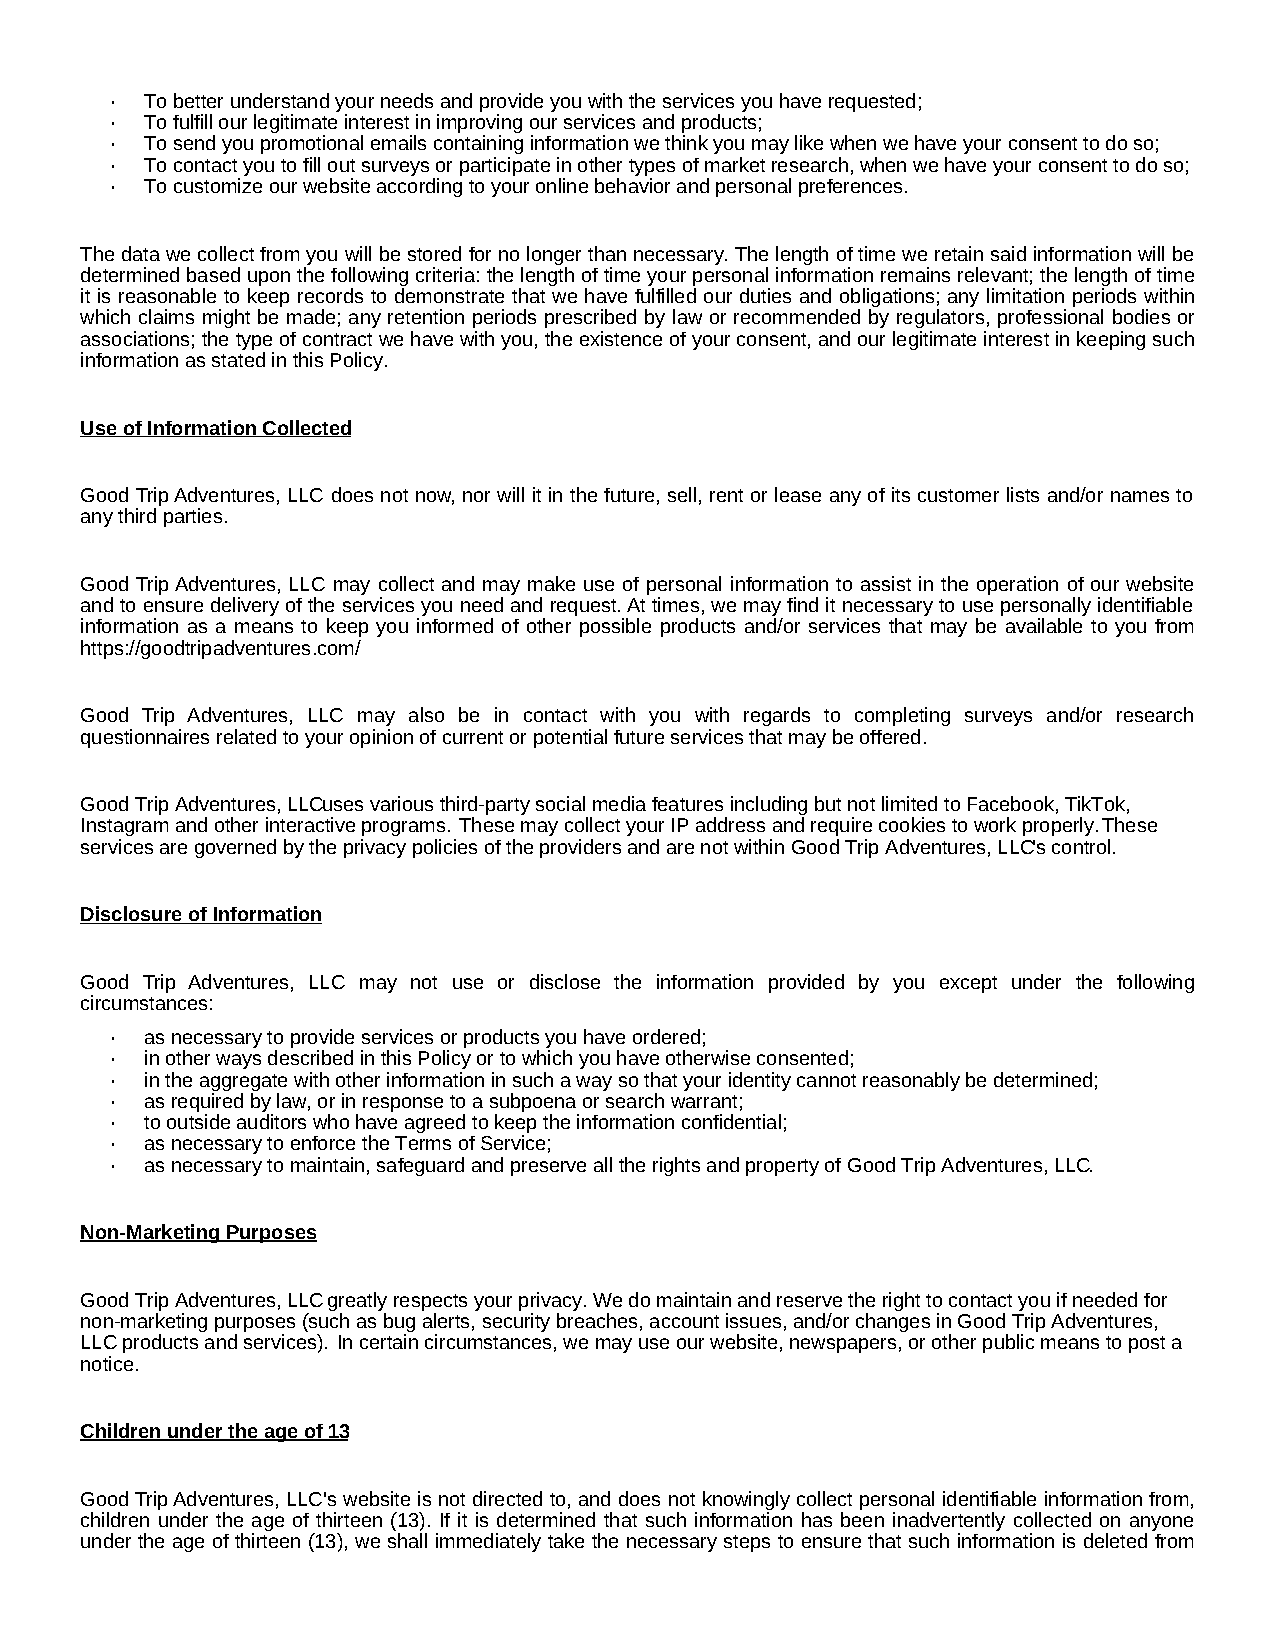
·  To better understand your needs and provide you with the services you have requested;
 ·  To fulfill our legitimate interest in improving our services and products;
 ·  To send you promotional emails containing information we think you may like when we have your consent to do so;
 ·  To contact you to fill out surveys or participate in other types of market research, when we have your consent to do so;
 ·  To customize our website according to your online behavior and personal preferences.
 The data we collect from you will be stored for no longer than necessary. The length of time we retain said information will be
 determined based upon the following criteria: the length of time your personal information remains relevant; the length of time
 it is reasonable to keep records to demonstrate that we have fulfilled our duties and obligations; any limitation periods within
 which claims might be made; any retention periods prescribed by law or recommended by regulators, professional bodies or
 associations; the type of contract we have with you, the existence of your consent, and our legitimate interest in keeping such
 information as stated in this Policy.
 Use of Information Collected
 Good Trip Adventures, LLC does not now, nor will it in the future, sell, rent or lease any of its customer lists and/or names to
 any third parties.
 Good Trip Adventures, LLC may collect and may make use of personal information to assist in the operation of our website
 and to ensure delivery of the services you need and request. At times, we may find it necessary to use personally identifiable
 information as a means to keep you informed of other possible products and/or services that may be available to you from
 https://goodtripadventures.com/
 Good Trip Adventures, LLC may also be in contact with you with regards to completing surveys and/or research
 questionnaires related to your opinion of current or potential future services that may be offered.
 Good Trip Adventures, LLCuses various third-party social media features including but not limited to Facebook, TikTok,
 Instagram and other interactive programs. These may collect your IP address and require cookies to work properly . These
 services are governed by the privacy policies of the providers and are not within Good Trip Adventures, LLC's control.
 Disclosure of Information
 Good Trip Adventures, LLC may not use or disclose the information provided by you except under the following
 circumstances:
 ·  as necessary to provide services or products you have ordered;
 ·  in other ways described in this Policy or to which you have otherwise consented;
 ·  in the aggregate with other information in such a way so that your identity cannot reasonably be determined;
 ·  as required by law, or in response to a subpoena or search warrant;
 ·  to outside auditors who have agreed to keep the information confidential;
 ·  as necessary to enforce the Terms of Service;
 ·  as necessary to maintain, safeguard and preserve all the rights and property of Good Trip Adventures, LLC.
 Non-Marketing Purposes
 Good Trip Adventures, LLC greatly respects your privacy. We do maintain and reserve the right to contact you if needed for
 non-marketing purposes (such as bug alerts, security breaches, account issues, and/or changes in Good Trip Adventures,
 LLC products and services). In certain circumstances, we may use our website, newspapers, or other public means to post a
 notice.
 Children under the age of 13
 Good Trip Adventures, LLC's website is not directed to, and does not knowingly collect personal identifiable information from,
 children under the age of thirteen (13). If it is determined that such information has been inadvertently collected on anyone
 under the age of thirteen (13), we shall immediately take the necessary steps to ensure that such information is deleted from